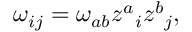
\omega _ { i j } = \omega _ { a b } z ^ { a } { } _ { i } z ^ { b } { } _ { j } ,